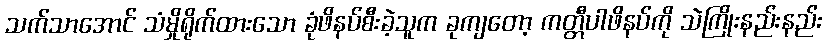
သက်သာအောင် သံမှိုရိုက်ထားသော ခုံဖိနပ်စီးခဲ့သူက ခုကျတော့ ကတ္တီပါဖိနပ်ကို သဲကြိုးနည်းနည်း